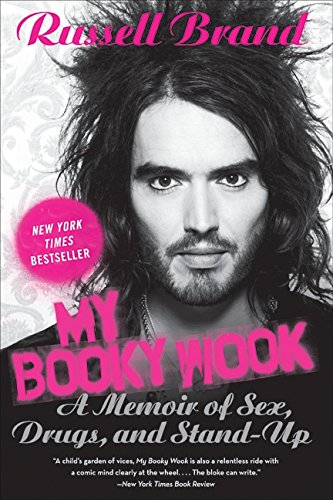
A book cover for My Booky Wook: A Memoir of Sex, Drugs, and Stand-Up; Russell Brand; Humor & Entertainment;